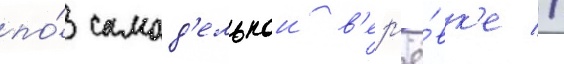
по́ самод'ельнои в'ер'ё́вк'е //